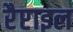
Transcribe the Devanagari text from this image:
रैप्टाइल